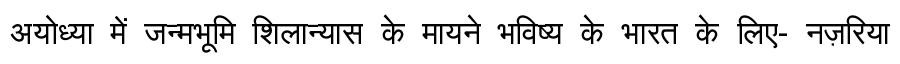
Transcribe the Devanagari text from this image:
अयोध्या में जन्मभूमि शिलान्यास के मायने भविष्य के भारत के लिए- नज़रिया